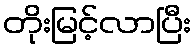
တိုးမြင့်လာပြီး